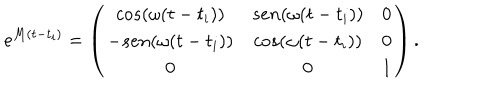
e ^ { M ( t - t _ { i } ) } = \left( \begin{matrix} { { c o s ( \omega { } ( t - t _ { i } ) ) } } & { { s e n ( \omega { } ( t - t _ { i } ) ) } } & { { 0 } } \\ { { - s e n ( \omega { } ( t - t _ { i } ) ) } } & { { c o s ( \omega { } ( t - t _ { i } ) ) } } & { { 0 } } \\ { { 0 } } & { { 0 } } & { { 1 } } \\ \end{matrix} \right) .